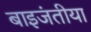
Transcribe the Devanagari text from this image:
बाइजंतीया